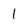
Character: 1